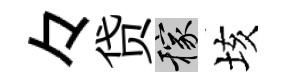
々贷稼垓